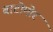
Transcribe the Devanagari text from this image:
बाटोमोर